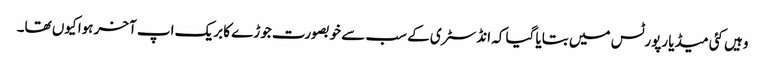
وہیں کئی میڈیا رپورٹس میں بتایا گیا کہ انڈسٹری کے سب سے خوبصورت جوڑے کا بریک اپ آخر ہوا کیوں تھا۔